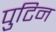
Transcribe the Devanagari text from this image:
पुटिन